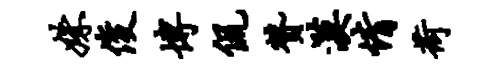
姝俊博侃赞漠情荷